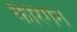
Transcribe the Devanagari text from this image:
कैरिगन